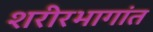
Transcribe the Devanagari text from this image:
शरीरभागांत